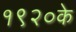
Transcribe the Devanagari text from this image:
१९२०के